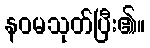
နဝမသုတ်ပြီး၏။